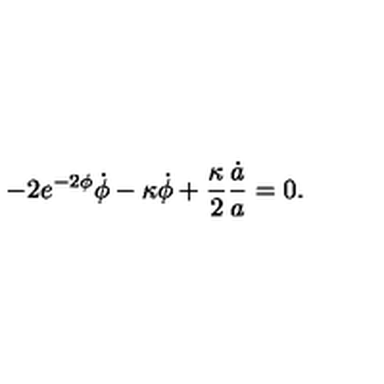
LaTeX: - 2 e ^ { - 2 \phi } \dot { \phi } - \kappa \dot { \phi } + \frac { \kappa } { 2 } \frac { \dot { a } } { a } = 0 .